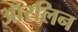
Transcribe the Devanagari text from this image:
ऑरलिन